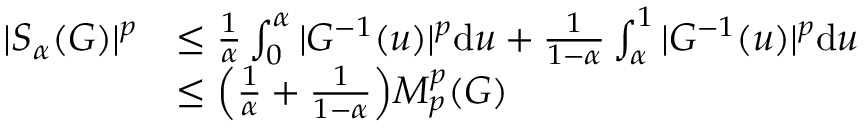
\begin{array} { r l } { | S _ { \alpha } ( G ) | ^ { p } } & { \leq \frac { 1 } { \alpha } \int _ { 0 } ^ { \alpha } | G ^ { - 1 } ( u ) | ^ { p } \mathrm { d } u + \frac { 1 } { 1 - \alpha } \int _ { \alpha } ^ { 1 } | G ^ { - 1 } ( u ) | ^ { p } \mathrm { d } u } \\ & { \leq \Big ( \frac { 1 } { \alpha } + \frac { 1 } { 1 - \alpha } \Big ) M _ { p } ^ { p } ( G ) } \end{array}